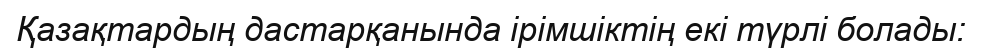
Қазақтардың дастарқанында ірімшіктің екі түрлі болады: